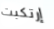
إرتكبت